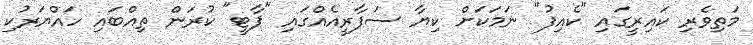
މަތިވެރި ކައިރީގައި "ކެއިފު" ނަމަކަށް ކިޔާ ސަފާރީއެއްގައި "ޕާޓީ" ކުރަން ތިއްބައި ހައްޔަރުކި